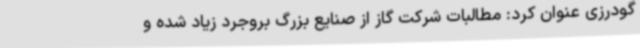
گودرزی عنوان کرد: مطالبات شرکت گاز از صنایع بزرگ بروجرد زیاد شده و